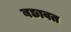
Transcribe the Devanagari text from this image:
बछावत